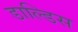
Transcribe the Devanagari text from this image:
डाल्डिस